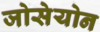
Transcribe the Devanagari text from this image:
जोसेयोन